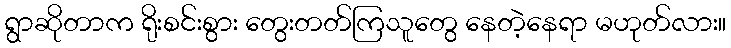
ရွာဆိုတာက ရိုးစင်းစွား တွေးတတ်ကြသူတွေ နေတဲ့နေရာ မဟုတ်လား။